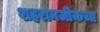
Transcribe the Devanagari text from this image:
शहरानजीकचा